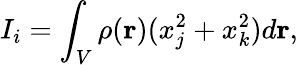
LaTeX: I_{i}=\int_{V}\rho({\mathbf r})(x_{j}^{2}+x_{k}^{2})d{\mathbf r},